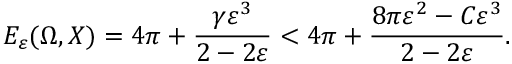
E _ { \varepsilon } ( \Omega , X ) = 4 \pi + \frac { \gamma \varepsilon ^ { 3 } } { 2 - 2 \varepsilon } < 4 \pi + \frac { 8 \pi \varepsilon ^ { 2 } - C \varepsilon ^ { 3 } } { 2 - 2 \varepsilon } .